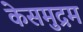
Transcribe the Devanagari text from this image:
केसमुद्रम